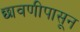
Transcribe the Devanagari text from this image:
छावणीपासून